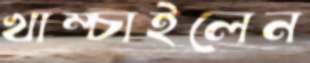
খাম্‌চাইলেন